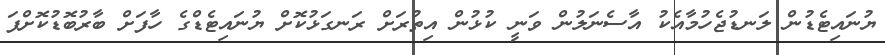
ޔުނައިޓެޑުން ލަނޑުޖެހުމާއެކު އާސެނަލުން ވަނީ ކުޅުން އިތުރަށް ރަނގަޅުކޮށް ޔުނައިޓެޑްގެ ހާފަށް ބާރުބޮޑުކޮށްފަ